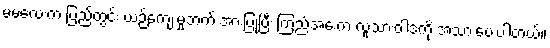
မမလေးက ပြည်တွင်း ယဉ်ကျေးမှုဘက် အားပြုပြီး ကြည်အေးက လူသားဝါဒကို အသားပေးပါတယ်။